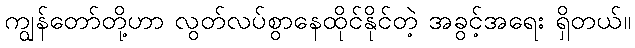
ကျွန်တော်တို့ဟာ လွတ်လပ်စွာနေထိုင်နိုင်တဲ့ အခွင့်အရေး ရှိတယ်။